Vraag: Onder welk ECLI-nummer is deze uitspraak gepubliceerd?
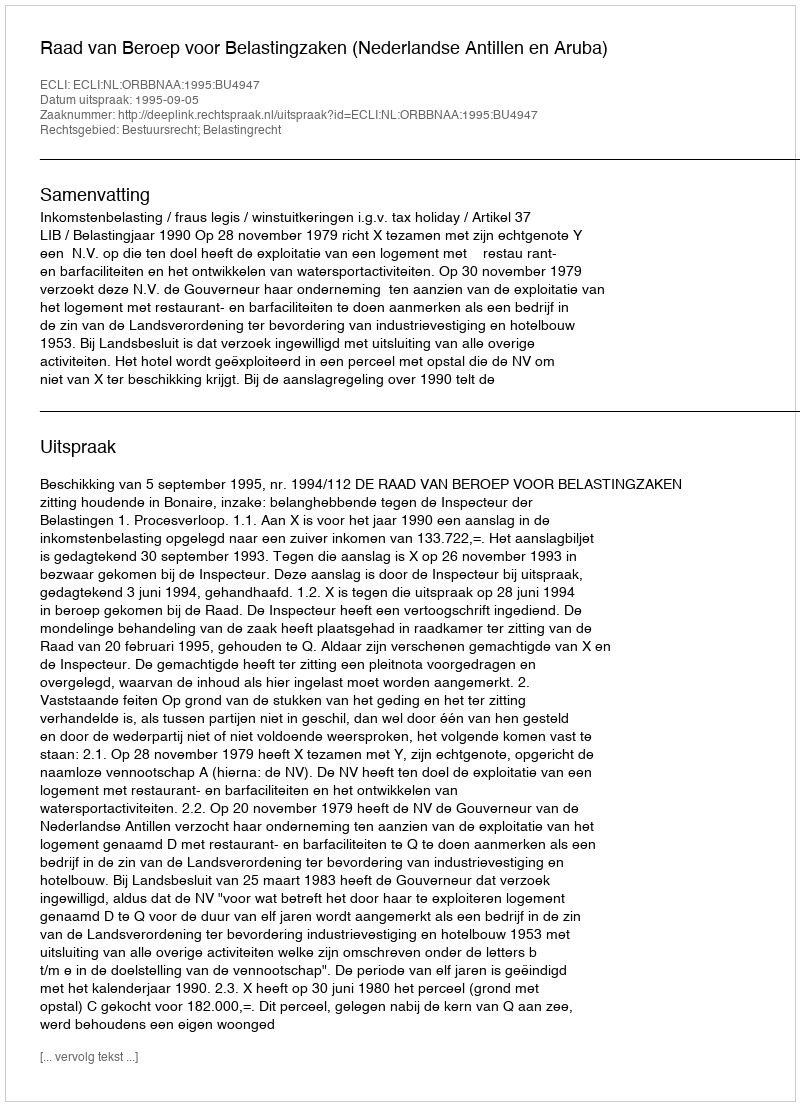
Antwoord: ECLI:NL:ORBBNAA:1995:BU4947